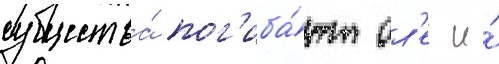
существа́ пог'иба́ют ол'ег и́